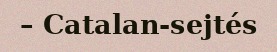
– Catalan-sejtés